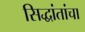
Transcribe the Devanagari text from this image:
सिद्धांतांचा